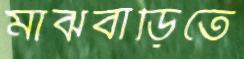
মাঝবাড়িতে